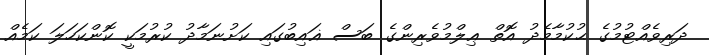
ދަރިވެއްޓުމުގެ ޙުކުމާމެދު އޮތް ޢިލްމުވެރިންގެ ބަސް ޣައިބުގައި ކަށުނަމާދު ކުރުމަކީ ކޮންކަހަލަ ކަމެއް